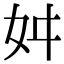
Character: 𭑮